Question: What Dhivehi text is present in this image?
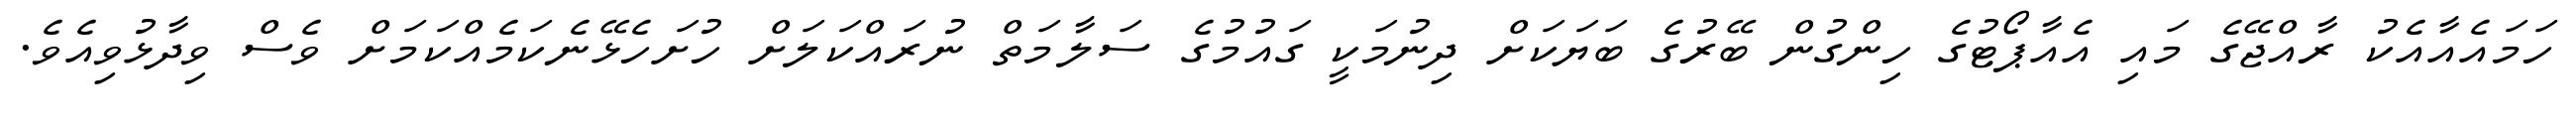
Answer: ހަމައެއާއެކު ރާއްޖޭގެ މައި އެއާޕޯޓުގެ ހިންގުން ބޭރުގެ ބަޔަކަށް ދިނުމަކީ ގައުމުގެ ސަލާމަތް ނުރައްކަލަށް ހުށަހެޅޭނެކަމެއްކަމަށް ވެސް ވިދާޅުވިއެވެ.